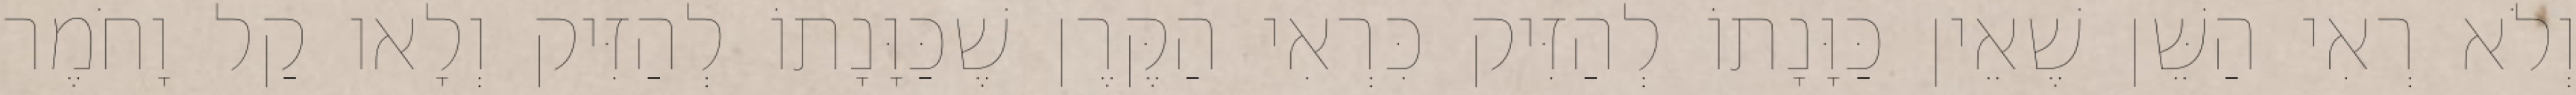
וְלֹא רְאִי הַשֵּׁן שֶׁאֵין כַּוָּנָתוֹ לְהַזִּיק כִּרְאִי הַקֶּרֶן שֶׁכַּוָּנָתוֹ לְהַזִּיק וְלָאו קַל וָחֹמֶר